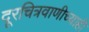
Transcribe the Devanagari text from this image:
दूरचित्रवाणीच्याही